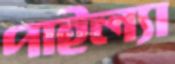
পাইল্যা